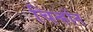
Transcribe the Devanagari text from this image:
चिन्होंन